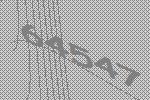
64547